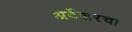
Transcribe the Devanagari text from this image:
अर्देशरचा